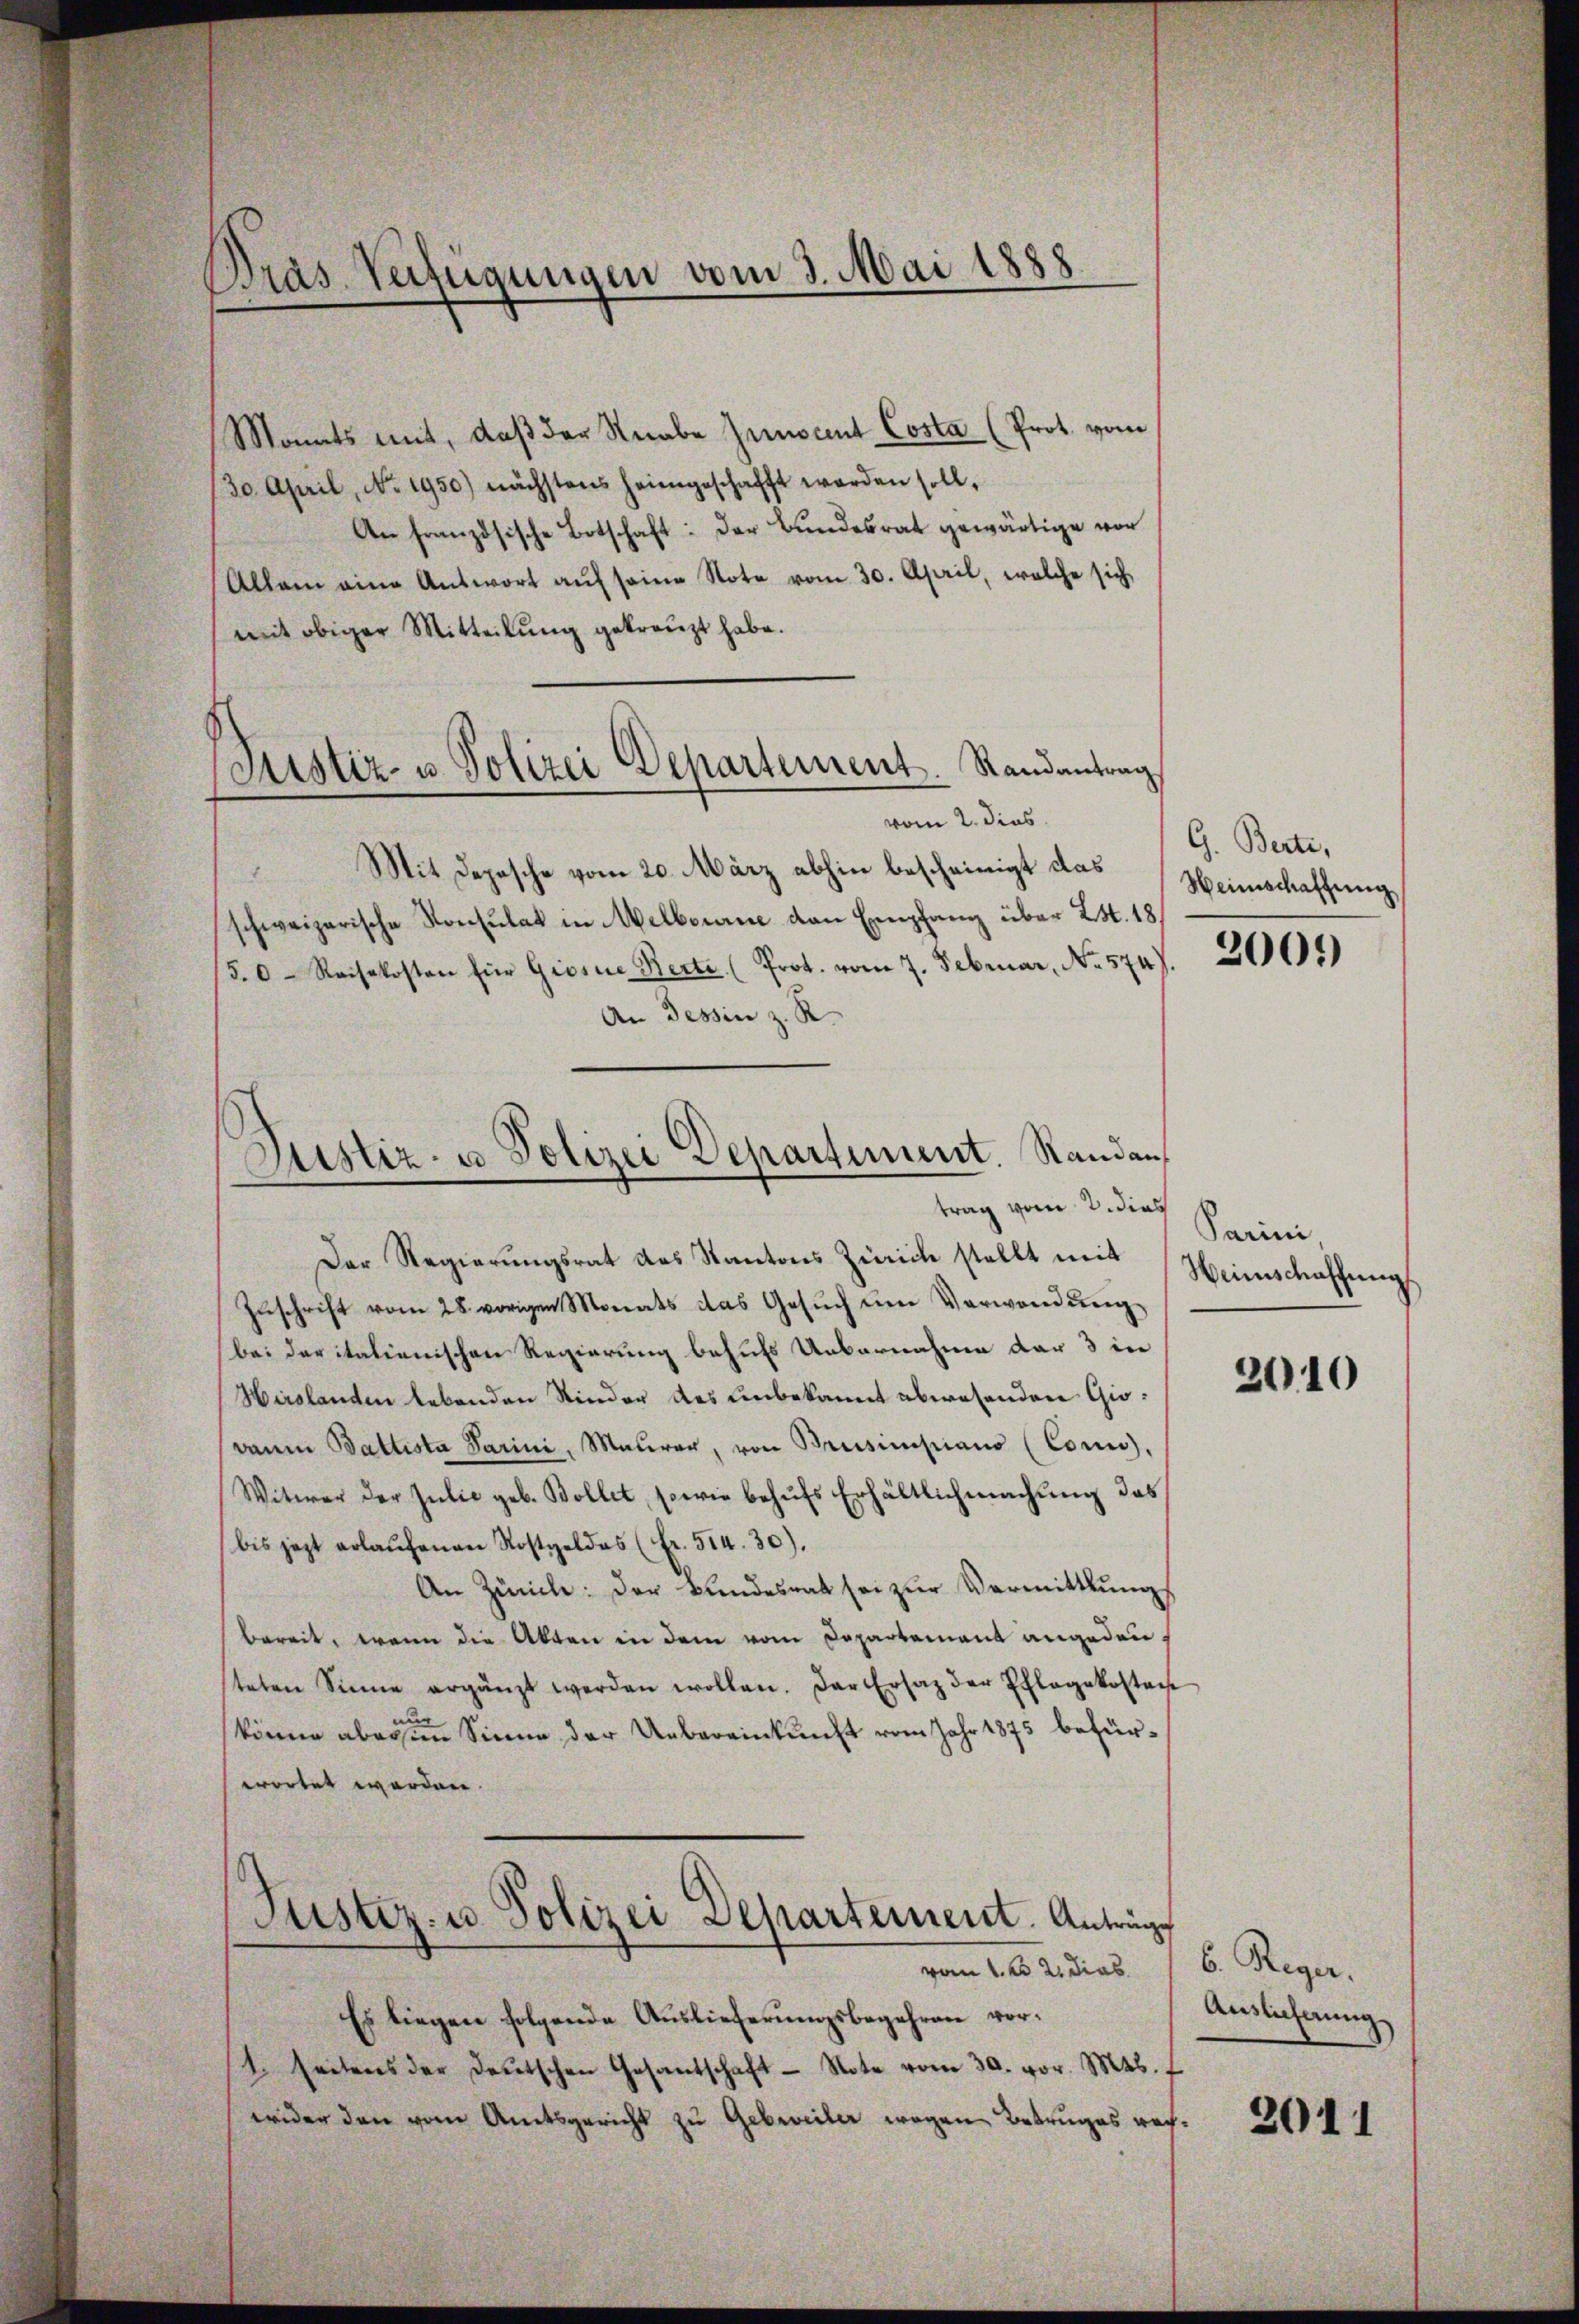
Dras. Verfügungen vom 3. Mai 1888

Justiz- u. Polizei Departement. Randantrag
vom 2. dies

Monats mit, daß der Knabe Junocent Costa (Prot. vom
/30. April, No. 1950) nächstens heimgeschafft werden soll,
An französische Botschaft: Der Bundesrat gewärtige vor
Allein eine Antwort aŭf seine Note vom 30. April, welche sich
mit obiger Mitteilŭng gekreuzt habe.
Mit Depesche vom 20. März abhin bescheinigt das Weinschaffung
schweizerische Konsulat in Melbourne den Empfang über L. S. 18
5.0- Reisekosten für Giesne Berte. (Prot. vom 7. Februar, No. 574).
An Tessin z. R.
Der Regierŭngsrat das Kantons Zürich stellt mit
Zŭschrift vom 28. vorigen Monats das Gesŭch ŭm Verwendŭng
bei der italienischen Regierung behufs Uebernahme der 3 in
Hirslanden lebenden Kinder des unbekannt abwesenden Giodann Battista darini, Maŭrer, von Brusimsiano (Coni,
Witwer der Julie geb. Bollet, sowie behŭfs Erhältlichmachung das
bis jezt erlaŭfenen Kostgeldes (Fr. 514. 30).
An Zürich: Der Bundesrat sei zur Vermittlung
bereit, wenn die Akten in dem vom Departement angeden
teten Sinne ergänzt werden wollen. Der Ersatz der Pflegekostan
nur
könne aber im Sinne der Uebereinkunft vom Jahr 1875 befürwortet worden.
Justiz- u. Polizei Departement. Anträge
vom 1. d. 2. dies
Es liegen folgende Auslieferungsbegehren vor¬
1. seitens der Deutschen Gesantschaft Note vom 30. vor. Mts.
wider den vom Amtsgericht zu Gebrveiler wegen Betruges rech¬

Justiz- u Polizei Departiment. Standan
trag vom 2. dies

G. Berte,
2001)

Parini,
Heimschaffung

2010

6. Reger.
Auslichnung

2011